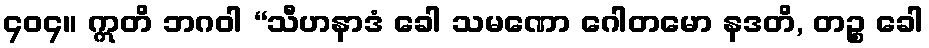
၄၀၄။ ဣတိ ဘဂဝါ “သီဟနာဒံ ခေါ သမဏော ဂေါတမော နဒတိ, တဉ္စ ခေါ